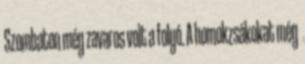
Szombaton még zavaros volt a folyó. A homokzsákokat még